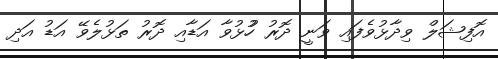
އޮފިޝަލް ވިދާޅުވެފައި ވަނީ ދޮރު ހުުޅުވާ އަޑާއި ދޮރު ތަޅުލެވޭ އަޑު އަދި